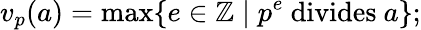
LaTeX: v_{p}(a)=\operatorname*{max}\{ e\in\mathbb{Z}\mid p^{e}{\mathrm{~divides~}}a\} ;